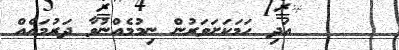
٣      އަދި ހަމަކަށަވަރުން ނިމުމެއްނުވާ ދަރުމައެއް